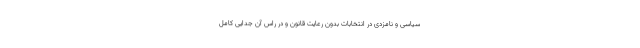
سیاسی و نامزدی در انتخابات بدون رعایت قانون و در راس آن جدایی کامل